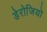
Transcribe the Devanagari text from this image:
डेरोजियो